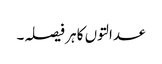
عدالتوں کا ہر فیصلہ۔